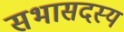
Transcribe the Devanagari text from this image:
सभासदस्य